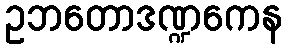
ဥဘတောဒဏ္ဍကေန